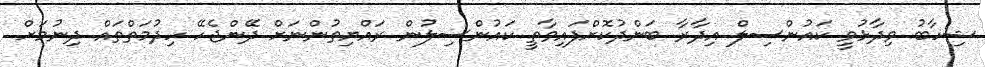
ޝިހާބު ވިދާޅުވީ ކައުންސިލް އިދާރާ ބަންދުކޮށްފައިވާތީ ކައުންސިލުން ރައްޔިތުންނަށް ދޭންޖެހޭ ހިދުމަތްތައް ދިނުމަށް